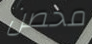
محصن